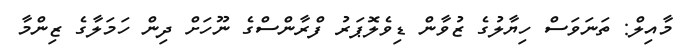
މާއިލް: ތަނަވަސް ހިޔާލުގެ ޒުވާން ޑިވެލޮޕަރު ފްރާންސްގެ ނޫހަށް ދިން ހަމަލާގެ ޒިންމާ